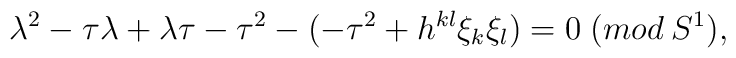
\lambda^2 -\tau\lambda+\lambda\tau-\tau^2-(-\tau^2+h^{kl}\xi_k\xi_l) = 0\; (mod\:S^1),